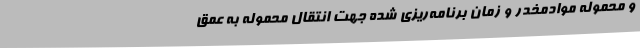
و محموله موادمخدر و زمان برنامه‌ریزی شده جهت انتقال محموله به عمق